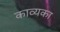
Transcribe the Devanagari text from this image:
काव्यका